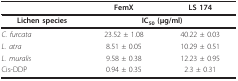
<table><thead><tr><td></td><td><b>FemX</b></td><td><b>LS 174</b></td></tr></thead><tbody><tr><td><b>Lichen species</b></td><td colspan="2"><b>IC<sub>50 </sub>(μg/ml)</b></td></tr><tr><td><i>C. furcata</i></td><td>23.52 ± 1.08</td><td>40.22 ± 0.03</td></tr><tr><td><i>L. atra</i></td><td>8.51 ± 0.05</td><td>10.29 ± 0.51</td></tr><tr><td><i>L. muralis</i></td><td>9.58 ± 0.38</td><td>12.23 ± 0.95</td></tr><tr><td>Cis-DDP</td><td>0.94 ± 0.35</td><td>2.3 ± 0.31</td></tr></tbody></table>